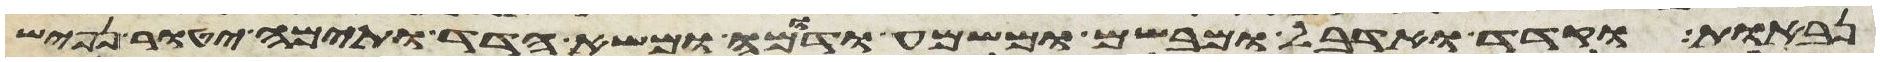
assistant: נבאות וקדד ואדבל ומבשם ומשמע ודומה ומשא הדד ותימה יטור נפיש